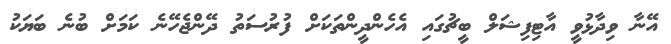
އޭނާ ވިދާޅުވީ އާޓިފިޝަލް ބީޗުގައި އެހެންދީންތަކަށް ފުރުސަތު ދޭންޖެހޭނެ ކަމަށް ބުނެ ބަޔަކު